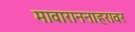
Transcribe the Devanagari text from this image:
मावाराननाहरावर